system: You are a helpful assistant.
user:
Analyze the provided spectrum to determine if it is a **S-type Star**.

- **Key Indicators for S-type Star:**

    - **(Overall Spectrum Shape):** The first and most obvious characteristic is the overall continuum (the "baseline" shape). It is **extremely "red-sloping,"** meaning the flux (light intensity) is very low on the left side (blue, ~4000-4500 Å) and rises steeply and continuously toward the right side (red, ~7000 Å+).

    - **(Primary):** The spectrum is defined by the presence of strong, broad molecular absorption "valleys" (bands) from **Zirconium Oxide (ZrO)**. The identification of these bands is the **primary requirement** for classifying a star as S-type.
        - **(Key Bandheads):** You must find distinct, deep "dips" where the light has been absorbed. The most critical band systems to locate are:
            - **~6474 Å** ($\gamma$-system): This is often the strongest and clearest ZrO feature, found in the red part of the spectrum.
            - **~5718 Å** & **~5551 Å** ($\beta$-system): A pair of prominent absorption features in the yellow-orange part of the spectrum.
            - **~4640 Å** ($\alpha$-system): A key absorption band system in the blue-green region of the spectrum.

    - **(Secondary Confirmation):** The classification is strengthened by finding additional absorption bands from other related heavy element oxides, which are expected to be present alongside ZrO.
        - **(Key Bandheads):**
            - **Yttrium Oxide (YO):** Look for absorption dips near **~4800 Å** and **~6100 Å**.
            - **Lanthanum Oxide (LaO):** Additional absorption features, particularly in the red-orange part of the spectrum, are also characteristic.

    - **(Line Profile):** The combination of the steep red continuum and these numerous, deep molecular bands (ZrO, YO, etc.) gives the entire spectrum a very **"chopped-up"** or **"bumpy"** appearance. Instead of a smooth curve, the spectrum looks as though large, wide chunks of light have been "carved out" of it at the specific wavelengths listed above.

Think first, call **spectral_visualization_tool** if needed to examine features in detail, then provide your final answer. Your response must adhere to the following strict rules:
1.  **Overall Structure:** Your response must follow the format `<think>...</think> <tool_call>...</tool_call> (if a tool is used) <answer>...</answer>`.
2.  **Tool Usage Constraint:** You may only make **one** tool call per turn.
3.  **Final Answer Format:** In the `<answer>` tag, your conclusion must be inside a `\boxed{}` command (e.g., `\boxed{YES}` or `\boxed{NO}`), followed by your justification.

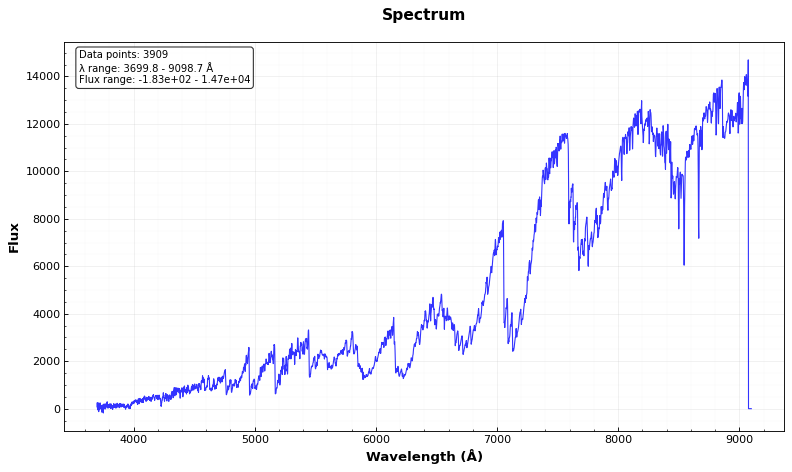
Answer: YES